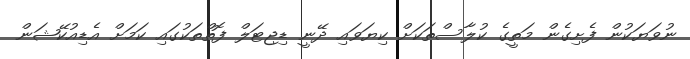
ނުވަޔަކުން ފެށިގެން މަތީގެ ކުލާސްތަކަށް ކިޔަވައި ދޭނީ ޑިޖިޓަލް ފޮތްތަކުގައި ކަމަށް އެޑިއުކޭޝަން